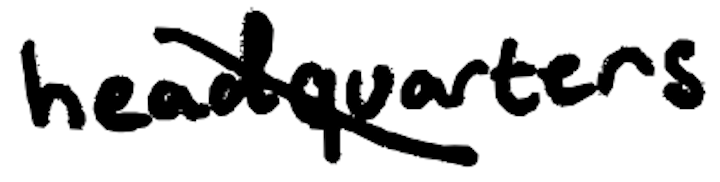
Text: headquarters
Cross-out: mix
Writing tool: digital_black